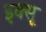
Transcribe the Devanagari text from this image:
इक्सू